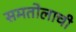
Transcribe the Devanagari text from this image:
समतोलाची